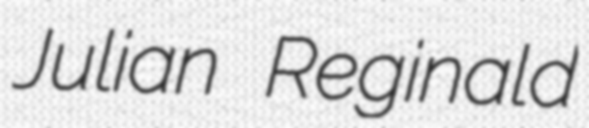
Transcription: Julian Reginald